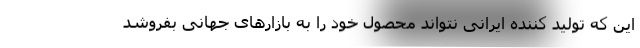
این که تولید کننده ایرانی نتواند محصول خود را به بازارهای جهانی بفروشد